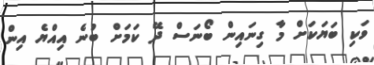
ވަކި ބަޔަކަށް މާ ގިނައިން ބޯނަސް ދޭ ކަމަށް ބުނެ އިއްޔެ އިން